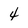
Character: 4